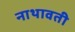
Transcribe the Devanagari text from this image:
नाथावती